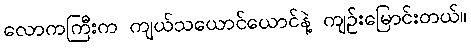
လောကကြီးက ကျယ်သယောင်ယောင်နဲ့ ကျဉ်းမြောင်းတယ်။